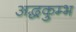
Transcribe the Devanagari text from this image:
अद्धकुम्भ